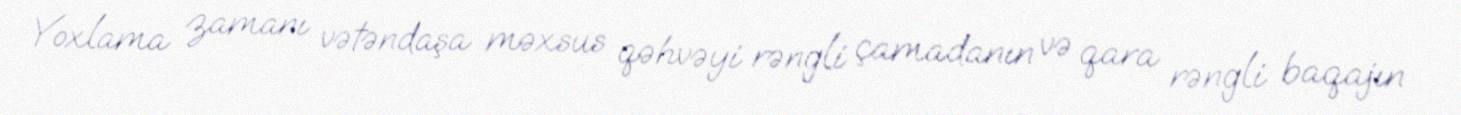
Yoxlama zamanı vətəndaşa məxsus qəhvəyi rəngli çamadanın və qara rəngli baqajın